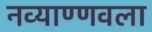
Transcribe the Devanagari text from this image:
नव्याण्णवला